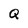
Character: Q